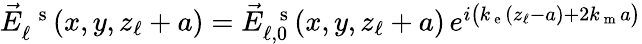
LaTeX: \begin{array}{r}{\vec{E}_{\ell}^{\mathrm{~\, ~s~}}(x,y,z_{\ell}+a)=\vec{E}_{\ell,0}^{\mathrm{~\, ~s~}}(x,y,z_{\ell}+a)\, e^{i\left(k_{\mathrm{~e~}}(z_{\ell}-a)+2k_{\mathrm{~m~}}a\vphantom{b^{2}}\right)}}\end{array}